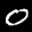
Label: 0